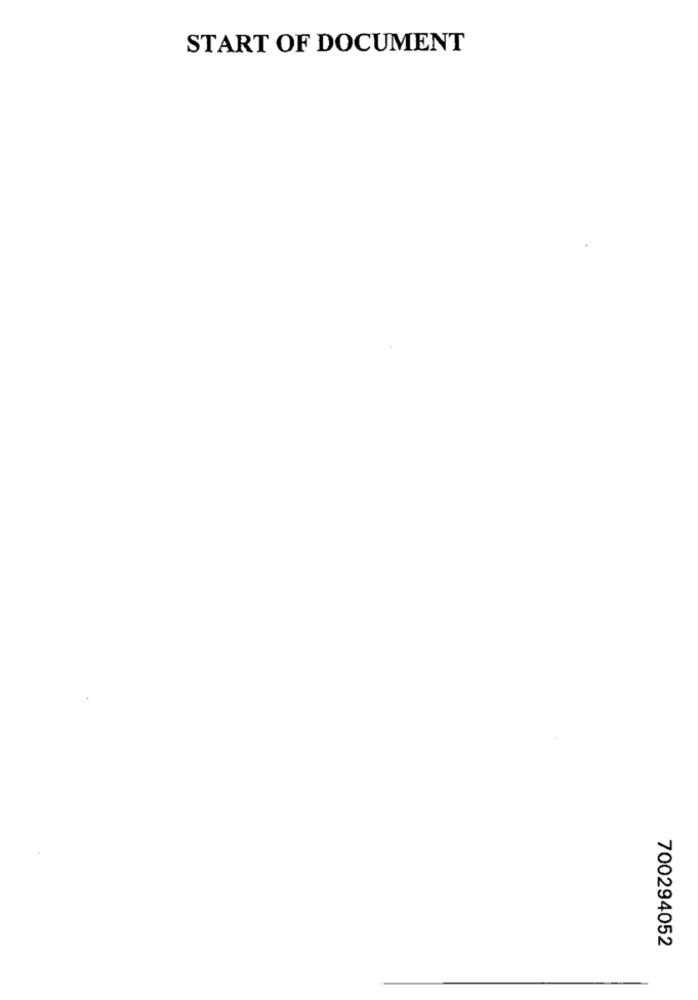
START OF DOCUMENT
700294052